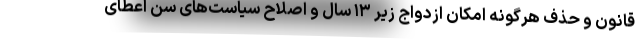
قانون و حذف هرگونه امکان ازدواج زیر ۱۳ سال و اصلاح سیاست‌های سن اعطای